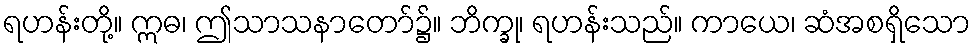
ရဟန်းတို့။ ဣဓ၊ ဤသာသနာတော်၌။ ဘိက္ခု၊ ရဟန်းသည်။ ကာယေ၊ ဆံအစရှိသော